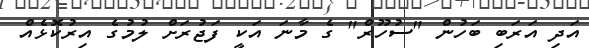
އަދި އަރަބި ބަހުން "ސުހޫރް" ގެ މާނަ އަކީ ފަޖުރަށް ލުމުގެ އިރުކޮޅެއް